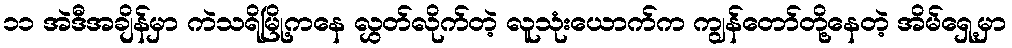
၁၁ အဲဒီအချိန်မှာ ကဲသရိမြို့ကနေ လွှတ်လိုက်တဲ့ လူသုံးယောက်က ကျွန်တော်တို့နေတဲ့ အိမ်ရှေ့မှာ